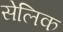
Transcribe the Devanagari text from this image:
सेलिक